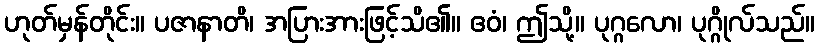
ဟုတ်မှန်တိုင်း။ ပဇာနာတိ၊ အပြားအားဖြင့်သိ၏။ ဧဝံ၊ ဤသို့။ ပုဂ္ဂလော၊ ပုဂ္ဂိုလ်သည်။